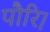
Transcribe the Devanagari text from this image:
पौरि।